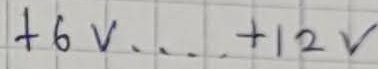
Text: +6V....+12V